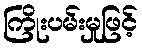
ကြိုးပမ်းမှုဖြင့်